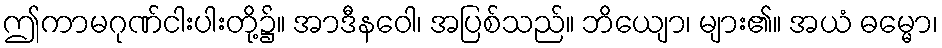
ဤကာမဂုဏ်ငါးပါးတို့၌။ အာဒီနဝေါ၊ အပြစ်သည်။ ဘိယျော၊ များ၏။ အယံ ဓမ္မော၊